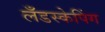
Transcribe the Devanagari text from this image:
लँडस्केपिंग